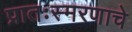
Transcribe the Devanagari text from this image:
प्रातःस्मरणाचे